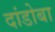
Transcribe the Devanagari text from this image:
दांडोबा